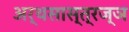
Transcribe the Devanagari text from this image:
अर्थसास्त्रज्ञ